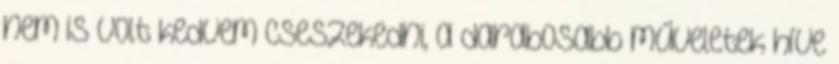
nem is volt kedvem cseszekedni, a darabosabb műveletek híve